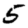
Digit: 5